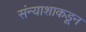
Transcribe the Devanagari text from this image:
संन्याशाकडून